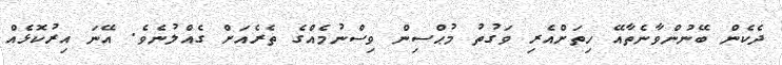
ދެކެން ބޭނުންވާނެތާއޭ ހިތަށްއެރި ވަގުތު މުޙްސިން ވިސްނުމެއްގެ ތެރެއަށް ގެއްލުނެވެ. އޭނަ އިރުކޮޅެއް